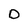
Character: O